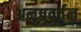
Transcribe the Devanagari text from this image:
अनुप्रवर्तन